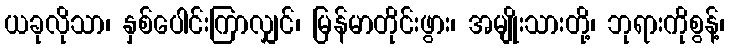
ယခုလိုသာ၊ နှစ်ပေါင်းကြာလျှင်၊ မြန်မာတိုင်းဖွား၊ အမျိုးသားတို့၊ ဘုရားကိုစွန့်၊